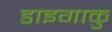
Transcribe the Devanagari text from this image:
डाइगाकु